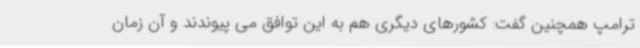
ترامپ همچنین گفت: کشورهای دیگری هم به این توافق می پیوندند و آن زمان